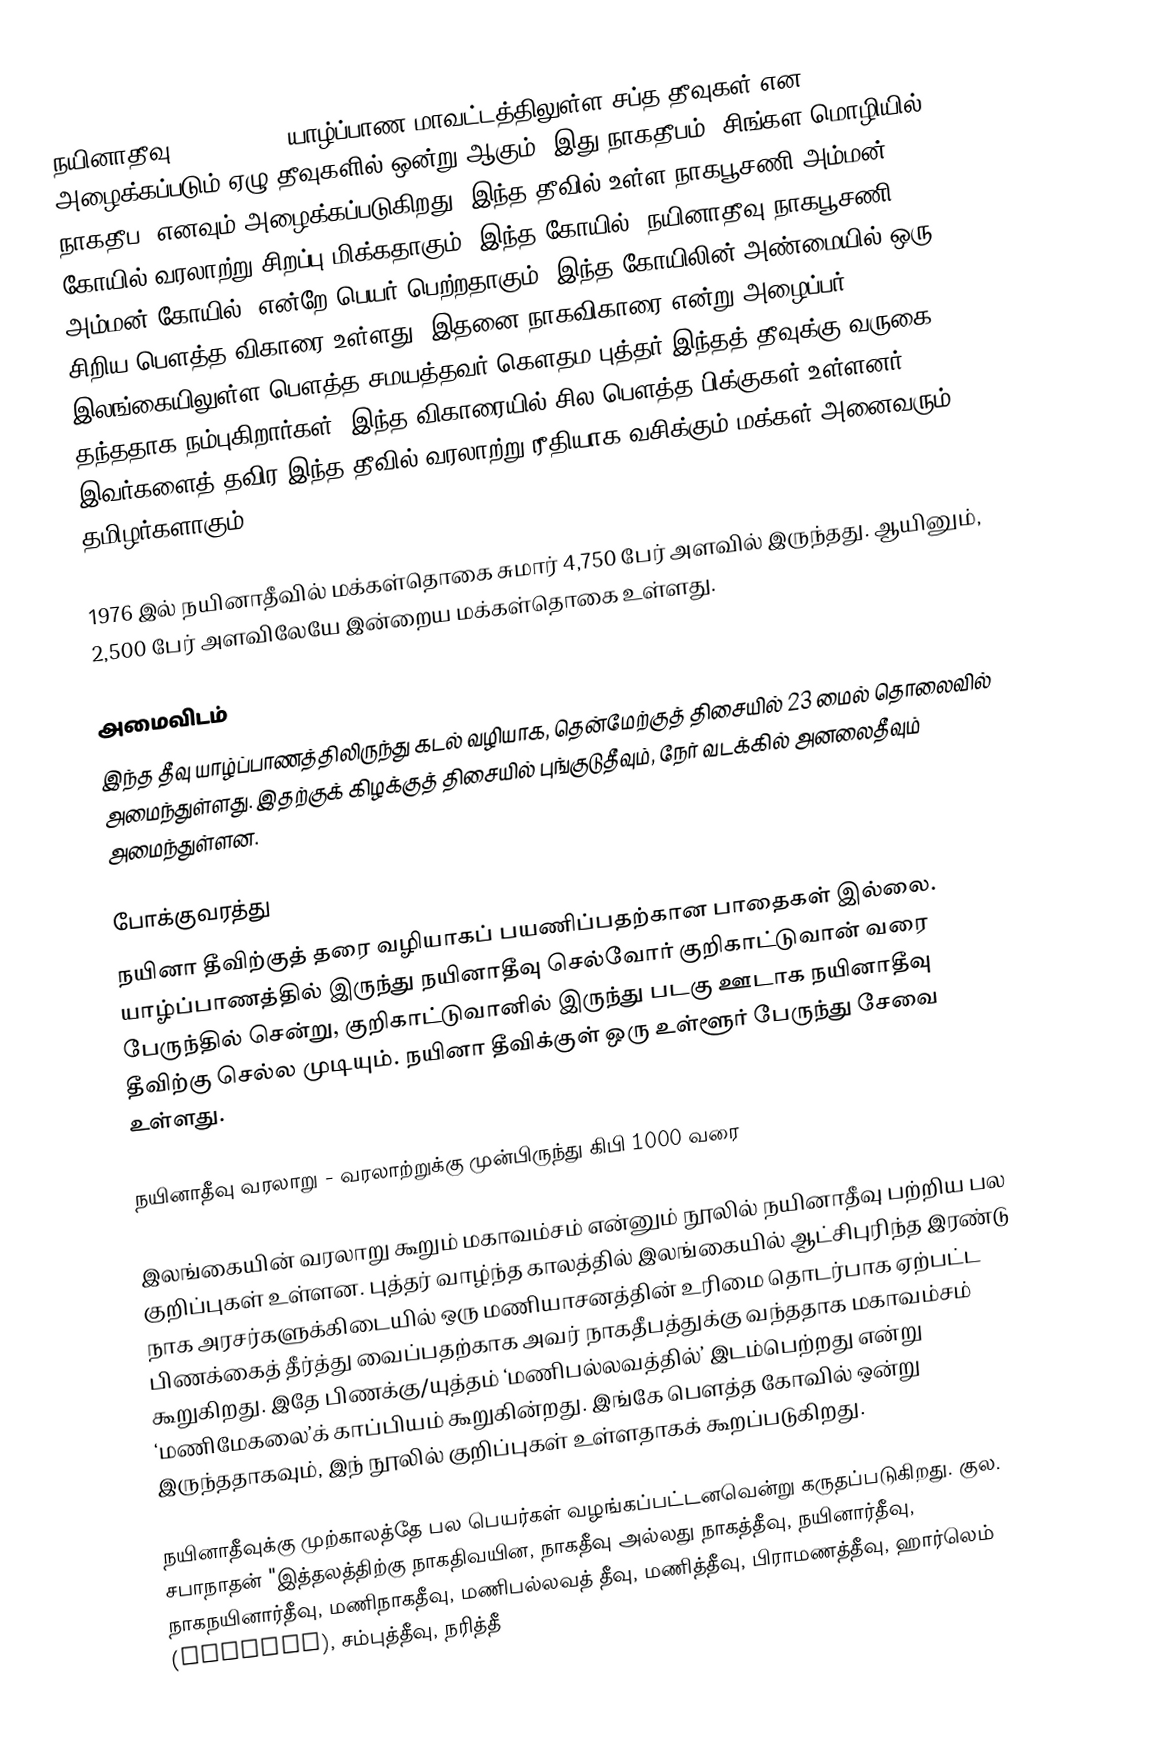
நயினாதீவு (Nainativu) யாழ்ப்பாண மாவட்டத்திலுள்ள சப்த தீவுகள் என அழைக்கப்படும் ஏழு தீவுகளில் ஒன்று ஆகும். இது நாகதீபம் (சிங்கள மொழியில், நாகதீப) எனவும் அழைக்கப்படுகிறது. இந்த தீவில் உள்ள நாகபூசணி அம்மன் கோயில் வரலாற்று சிறப்பு மிக்கதாகும். இந்த கோயில் "நயினாதீவு நாகபூசணி அம்மன் கோயில்" என்றே பெயர் பெற்றதாகும். இந்த கோயிலின் அண்மையில் ஒரு சிறிய பௌத்த விகாரை உள்ளது. இதனை நாகவிகாரை என்று அழைப்பர். இலங்கையிலுள்ள பௌத்த சமயத்தவர் கௌதம புத்தர் இந்தத் தீவுக்கு வருகை தந்ததாக நம்புகிறார்கள். இந்த விகாரையில் சில பௌத்த பிக்குகள் உள்ளனர். இவர்களைத் தவிர இந்த தீவில் வரலாற்று ரீதியாக வசிக்கும் மக்கள் அனைவரும் தமிழர்களாகும்.

1976 இல் நயினாதீவில் மக்கள்தொகை சுமார் 4,750 பேர் அளவில் இருந்தது. ஆயினும், 2,500 பேர் அளவிலேயே இன்றைய மக்கள்தொகை உள்ளது.

அமைவிடம்
இந்த தீவு யாழ்ப்பாணத்திலிருந்து கடல் வழியாக, தென்மேற்குத் திசையில் 23 மைல் தொலைவில் அமைந்துள்ளது. இதற்குக் கிழக்குத் திசையில் புங்குடுதீவும், நேர் வடக்கில் அனலைதீவும் அமைந்துள்ளன.

போக்குவரத்து
நயினா தீவிற்குத் தரை வழியாகப் பயணிப்பதற்கான பாதைகள் இல்லை. யாழ்ப்பாணத்தில் இருந்து நயினாதீவு செல்வோர் குறிகாட்டுவான் வரை பேருந்தில் சென்று, குறிகாட்டுவானில் இருந்து படகு ஊடாக நயினாதீவு தீவிற்கு செல்ல முடியும். நயினா தீவிக்குள் ஒரு உள்ளூர் பேருந்து சேவை உள்ளது.

நயினாதீவு வரலாறு - வரலாற்றுக்கு முன்பிருந்து கிபி 1000 வரை

இலங்கையின் வரலாறு கூறும் மகாவம்சம் என்னும் நூலில் நயினாதீவு பற்றிய பல குறிப்புகள் உள்ளன. புத்தர் வாழ்ந்த காலத்தில் இலங்கையில் ஆட்சிபுரிந்த இரண்டு நாக அரசர்களுக்கிடையில் ஒரு மணியாசனத்தின் உரிமை தொடர்பாக ஏற்பட்ட பிணக்கைத் தீர்த்து வைப்பதற்காக அவர் நாகதீபத்துக்கு வந்ததாக மகாவம்சம் கூறுகிறது. இதே பிணக்கு/யுத்தம் ‘மணிபல்லவத்தில்’ இடம்பெற்றது என்று ‘மணிமேகலை’க் காப்பியம் கூறுகின்றது. இங்கே பௌத்த கோவில் ஒன்று இருந்ததாகவும், இந் நூலில் குறிப்புகள் உள்ளதாகக் கூறப்படுகிறது.

நயினாதீவுக்கு முற்காலத்தே பல பெயர்கள் வழங்கப்பட்டனவென்று கருதப்படுகிறது. குல. சபாநாதன் "இத்தலத்திற்கு நாகதிவயின, நாகதீவு அல்லது நாகத்தீவு, நயினார்தீவு, நாகநயினார்தீவு, மணிநாகதீவு, மணிபல்லவத் தீவு, மணித்தீவு, பிராமணத்தீவு, ஹார்லெம் (Haorlem), சம்புத்தீவு, நரித்தீ